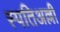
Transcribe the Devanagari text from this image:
स्पतिअल्ली